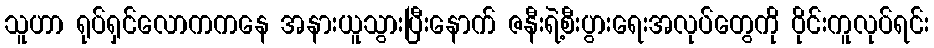
သူဟာ ရုပ်ရှင်လောကကနေ အနားယူသွားပြီးနောက် ဇနီးရဲ့စီးပွားရေးအလုပ်တွေကို ဝိုင်းကူလုပ်ရင်း